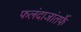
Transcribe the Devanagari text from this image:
फलंदाजांतर्फे